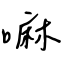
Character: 嘛